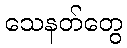
သေနတ်တွေ